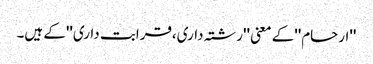
''ارحام''کے معنی ''رشتہ داری،قرابت داری''کے ہیں۔